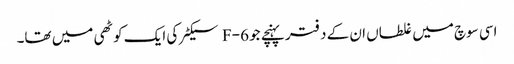
اسی سوچ میں غلطاں ان کے دفتر پہنچے جو F-6 سیکٹر کی ایک کوٹھی میں تھا۔